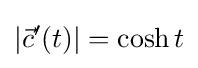
|{\vec {c}}'(t)|=\cosh t